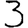
Digit: 3